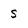
Character: S